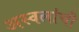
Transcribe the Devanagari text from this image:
अस्वलांची